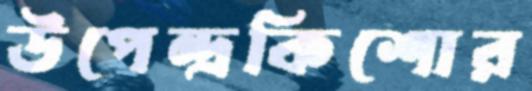
উপেন্দ্রকিশোর